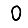
Digit: 0